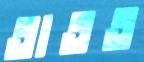
তাতত